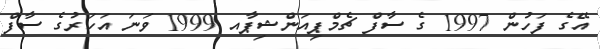
އޭގެ ފަހުން 1997 ގެ ސާފް ޗެމްޕިއަންޝިޕާއ 1999 ވަނަ އަހަރުގެ ސާފް